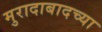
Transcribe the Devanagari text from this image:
मुरादाबादच्या